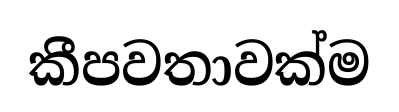
කීපවතාවක්ම